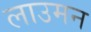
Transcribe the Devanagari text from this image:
लाउमन